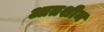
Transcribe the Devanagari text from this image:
आतशीन